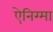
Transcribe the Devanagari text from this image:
ऐनिग्मा